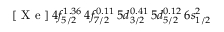
[ \mathrm { ~ X ~ e ~ } ] \, 4 f _ { 5 / 2 } ^ { 1 . 3 6 } \, 4 f _ { 7 / 2 } ^ { 0 . 1 1 } \, 5 d _ { 3 / 2 } ^ { 0 . 4 1 } \, 5 d _ { 5 / 2 } ^ { 0 . 1 2 } \, 6 s _ { 1 / 2 } ^ { 2 }